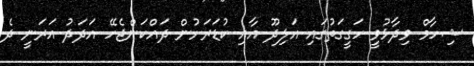
ޝިހާމް ވިދާޅުވީ ހަގީގަތުގައި އަލިދޫ އާއި ކުޑަރަށުން ދައްކަންޖެހޭ އަދަދު އަރަނީ ދެ